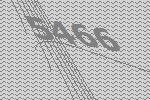
5466